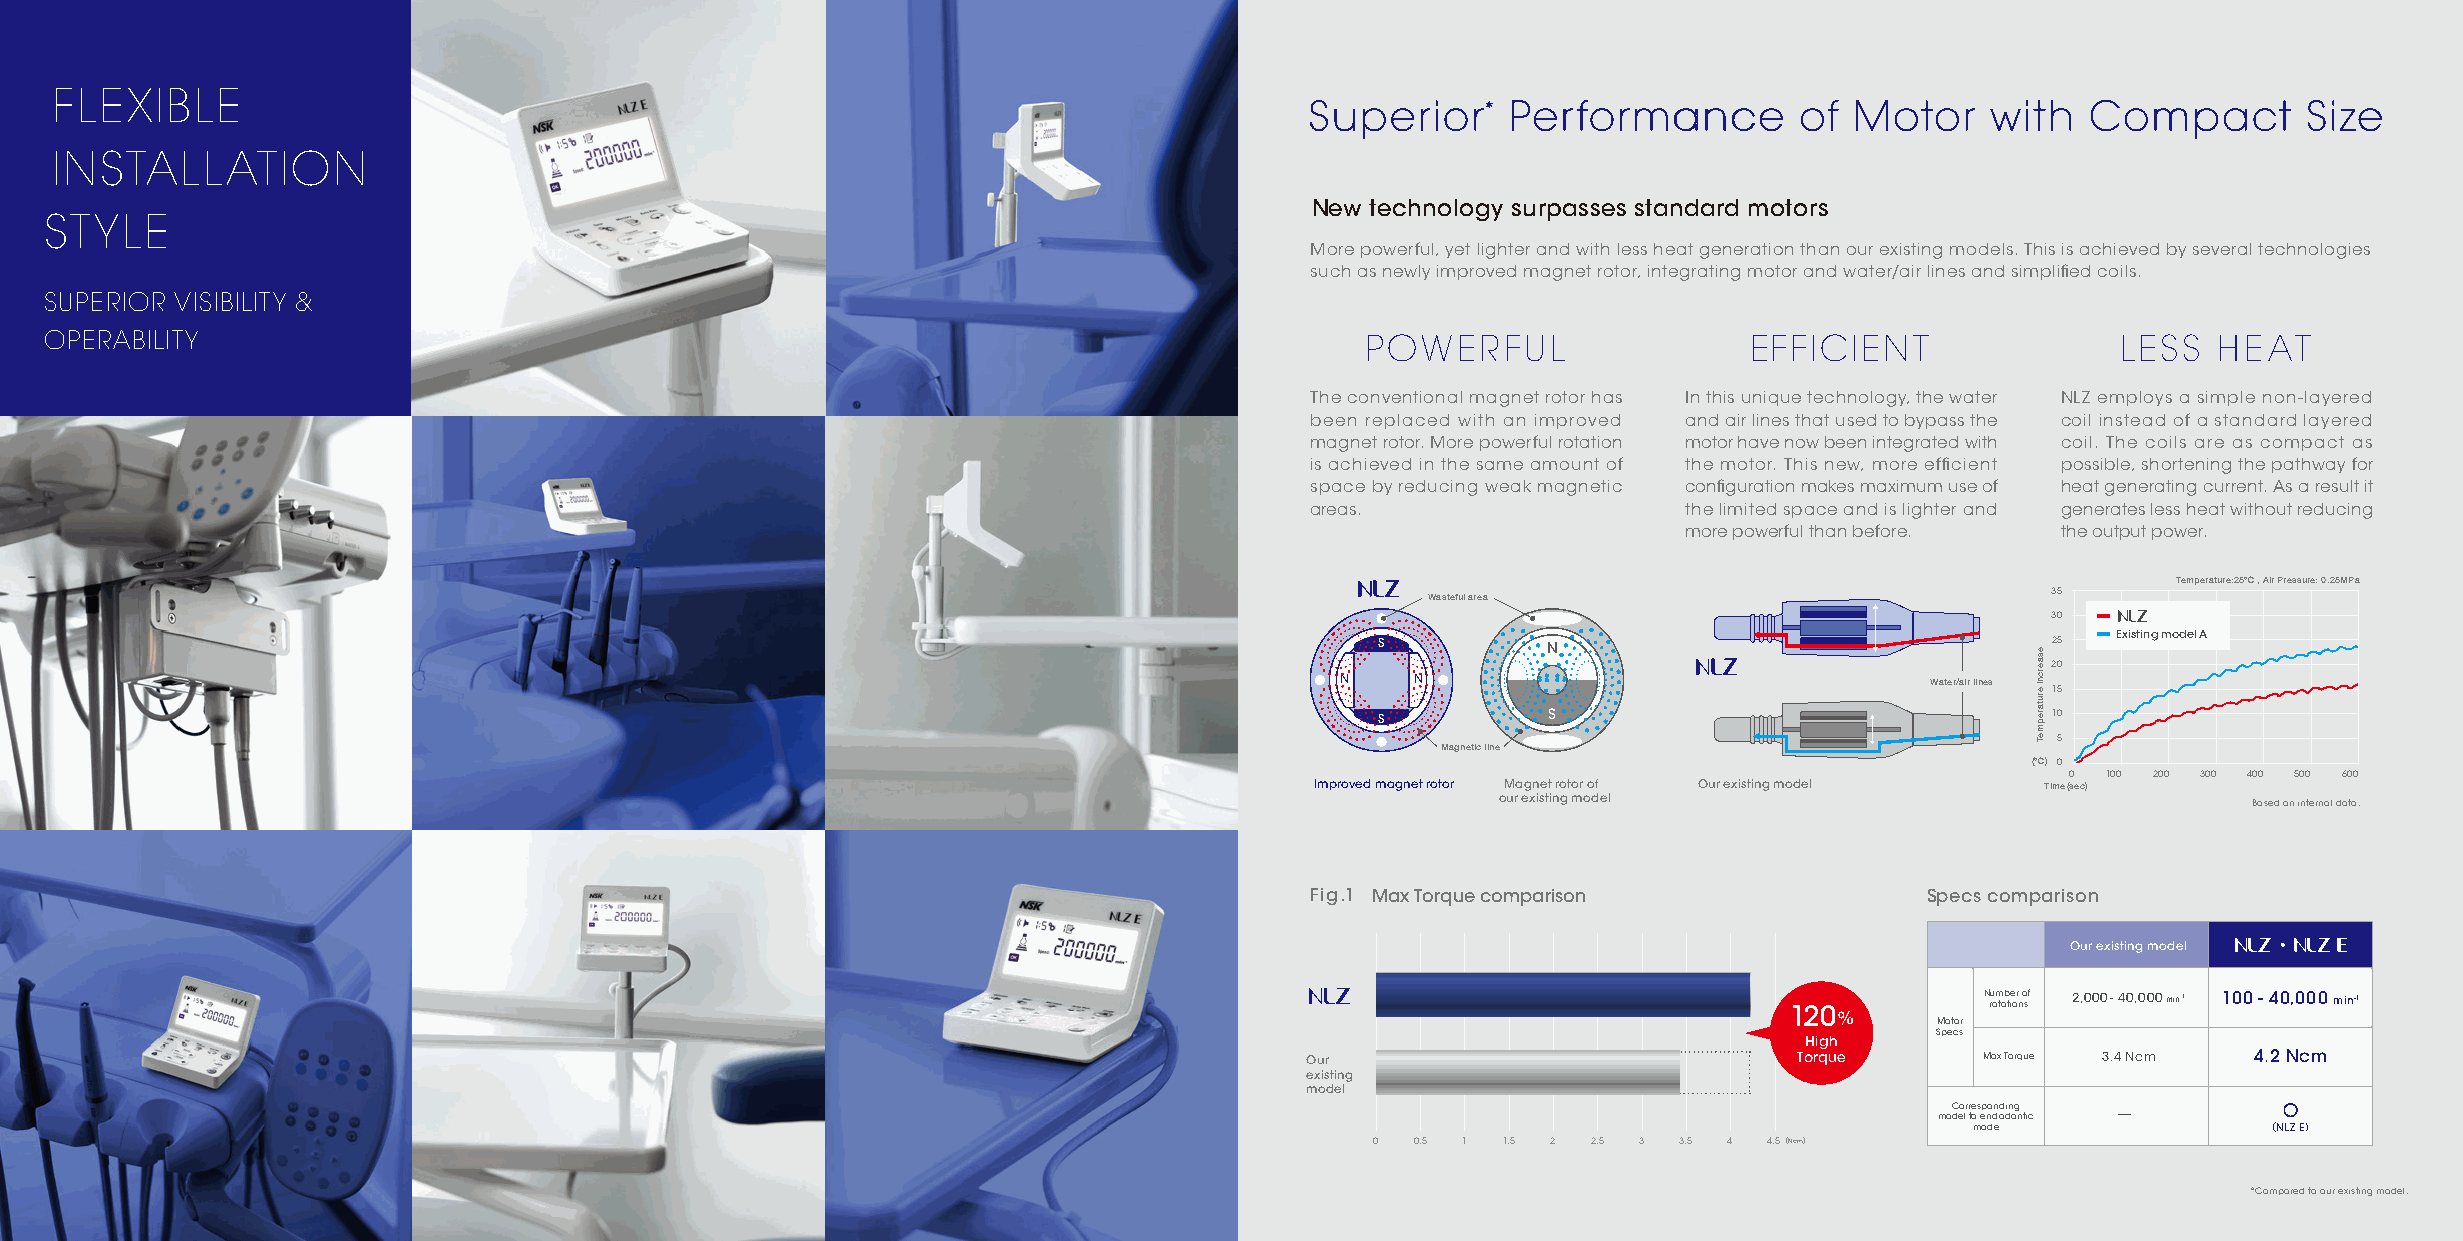
FLEXIBLE
 Superior*    Performance        of  Motor    with   Compact       Size
 INSTALLATION
 New technology surpasses standard motors
 STYLE
 More powerful, yet lighter and with less heat generation than our existing models. This is achieved by several technologies
 such as newly improved magnet rotor, integrating motor and water/air lines and simplified coils.
 SUPERIOR VISIBILITY &
 OPERABILITY                                                                             POWERFUL                 EFFICIENT                LESS  HEAT
 The conventional magnet rotor has In this unique technology, the water NLZ employs a simple non-layered
 been replaced with an improved and air lines that used to bypass the coil instead of a standard layered
 magnet rotor. More powerful rotation motor have now been integrated with coil. The coils are as compact as
 is achieved in the same amount of the motor. This new, more efficient possible, shortening the pathway for
 space by reducing weak magnetic configuration makes maximum use of heat generating current. As a result it
 areas.                   the limited space and is lighter and generates less heat without reducing
 more powerful than before. the output power.
 Temperature:25℃ , Air Pressure: 0.25MPa
 Wasteful area                            35
 30
 S           N                                25  Existing model A
 20
 N    N                                 Water/air lines
 15
 S           S                                10
 5
 Magnetic line
 (℃) 0
 0  100 200 300 400 500 600
 Improved magnet rotor Magnet rotor of Our existing model Time(sec)
 our existing model                                Based on internal data.
 Our existing model
 120%         N ru om tab tie or n o sf 2,000 - 40,000 min-1 100 - 40,000 min-1
 Motor
 Specs
 High
 Our                             Torque      Max Torque 3.4 Ncm 4.2 Ncm
 existing
 model
 moC deo lr r te os ep no dn od din og ntic - ○
 mode               （NLZ E）
 0  0.5 1 1.5 2 2.5 3 3.5 4 4.5(Ncm)
 *Compared to our existing model.
 F gi 1. M a x T o qr u e c o m p a sir o n S p e c s c o m p
 esaercni
 erutarepmeT
 a r si o n